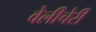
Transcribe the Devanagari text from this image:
वेलीचेरी